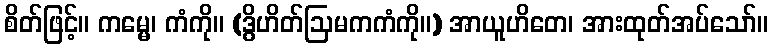
စိတ်ဖြင့်။ ကမ္မေ၊ ကံကို။ (ဒွိဟိတ်ဩမကကံကို။) အာယူဟိတေ၊ အားထုတ်အပ်သော်။